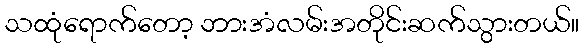
သထုံရောက်တော့ ဘားအံလမ်းအတိုင်းဆက်သွားတယ်။